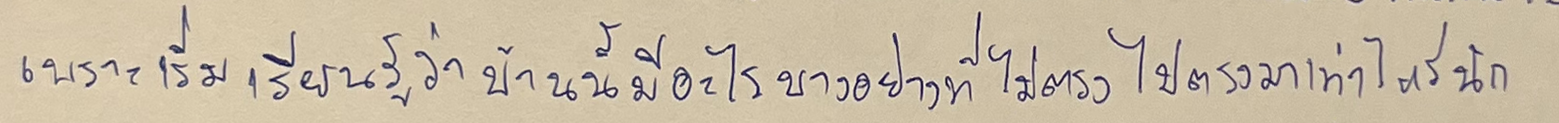
เพราะเริ่มเรียนรู้ว่าบ้านนี้มีอะไรบางอย่างที่ไม่ตรงไปตรงมาเท่าไรนัก